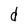
Character: d